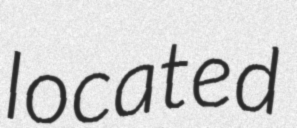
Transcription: located